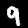
Label: 9